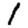
Digit: 1